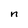
Character: n